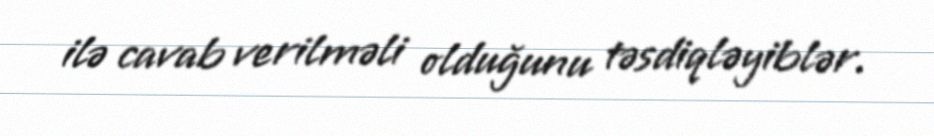
ilə cavab verilməli olduğunu təsdiqləyiblər.